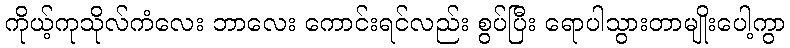
ကိုယ့်ကုသိုလ်ကံလေး ဘာလေး ကောင်းရင်လည်း စွပ်ပြီး ရောပါသွားတာမျိုးပေါ့ကွာ